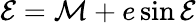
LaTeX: {\cal E}={\cal M}+e\sin{\cal E}